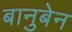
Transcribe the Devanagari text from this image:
बानुबेन